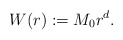
\begin{align*}W(r):=M_{0} r^{d}.\end{align*}